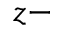
z -